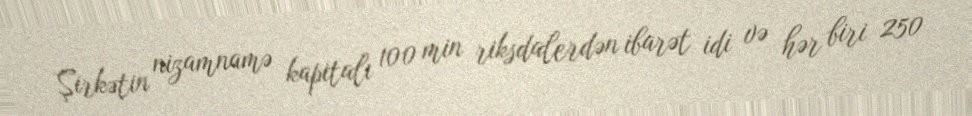
Şirkətin nizamnamə kapitalı 100 min riksdalerdən ibarət idi və hər biri 250